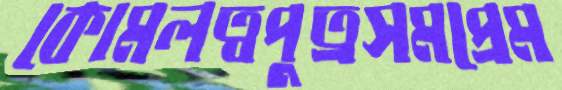
কোমলত্বপুত্রসমপ্রেম